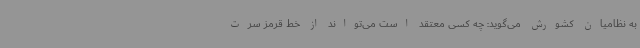
به نظامیان کشورش می‌گوید: چه کسی معتقد است می‌تواند از خط قرمز سرت